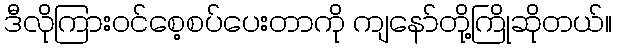
ဒီလိုကြားဝင်စေ့စပ်ပေးတာကို ကျနော်တို့ကြိုဆိုတယ်။